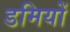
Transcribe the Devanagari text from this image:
डमियों